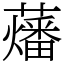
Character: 䕰